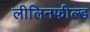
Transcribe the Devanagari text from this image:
लीलिनफील्ड